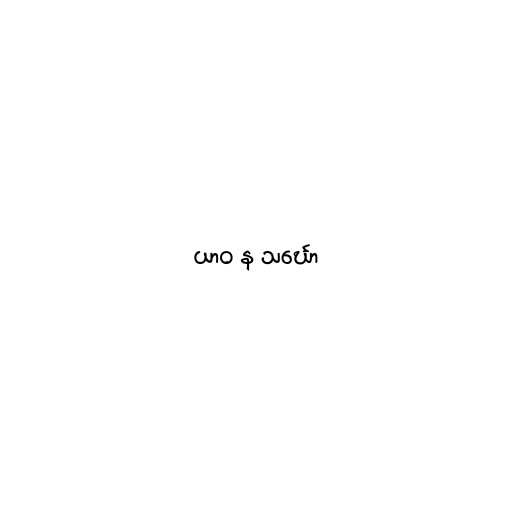
ယာဝ န သင်္ဃော